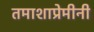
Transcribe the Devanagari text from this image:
तमाशाप्रेमीनी